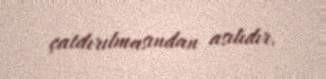
çatdırılmasından asılıdır.